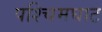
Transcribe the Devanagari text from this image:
पश्चिमघाट